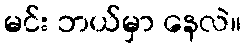
မင်း ဘယ်မှာ နေလဲ။